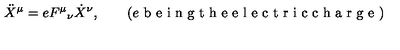
\ddot { X } ^ { \mu } = e { F ^ { \mu } } _ { \nu } \dot { X } ^ { \nu } , \qquad ( e \textrm { b e i n g t h e e l e c t r i c c h a r g e } )